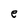
Character: e